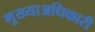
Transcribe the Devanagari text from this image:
मुख्याअधिकारी